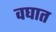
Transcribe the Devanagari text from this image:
वघात